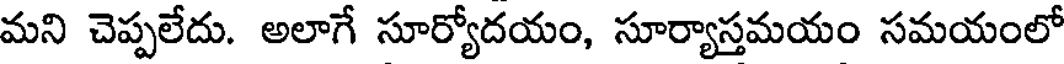
మని చెప్పలేదు. అలాగే సూర్యోదయం, సూర్యాస్తమయం సమయంలో